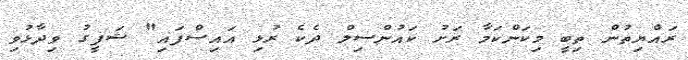
ރައްޔިތުން ތިބީ މިކަންކަމާ ރަށު ކައުންސިލް ދެކެ ރުޅި އައިސްފައި" ޝަފީގު ވިދާޅުވި